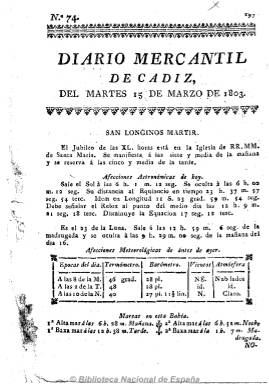
Título: Diario mercantil de Cádiz
Colección: Periódicos anteriores a 1850
Ámbito geográfico: Cádiz
Lugar de publicación: Cádiz
Fechas: 15/03/1803-13/08/1828

Fundado por José María de Lacroix, barón de la Bruère, que anteriormente había publicado en Cádiz El correo del postillón, y que en 1790 había obtenido asimismo privilegio real para editar el Diario de Valencia. Empieza a publicarse en noviembre de 1802, siendo un diario noticioso de contenidos mayoritariamente de carácter comercial, pero que da cabida también a algunos artículos de divulgación y doctrinales sobre letras de cambio, fletes, banca, impuestos, industria inglesa, etc. En números de cuatro páginas comienza con el clásico santoral y las afecciones meteorológicas y astronómicas, para proceder a continuación a ofrecer las “Noticias particulares de Cádiz”, con las mareas y llegadas y salidas de buques de la bahía de Cádiz, precios de los productos y de los diferentes géneros procedentes de Indias, dedicándole especial atención a los asuntos americanos, cambios de moneda, diversiones públicas (teatro, toros), avisos oficiales y particulares, variedades, así como otras noticias de las diferentes ciudades del Reino y extranjeras extractadas de otros periódicos. Entre 1804 y 1808, publicará un suplemento con el título Correo de las damas, para el que dedica los contenidos más literarios y recreativos.

Con el control de la mayor parte de Andalucía por el ejército napoleónico a partir de enero de 1808 y el inicio del periodo constituyente en la Isla de León, el diario se decantará al principio por el servilismo, obviando en sus páginas las sesiones de las Cortes, para después adherirse paulatinamente al campo liberal. Entre 1811 y 1814 adoptará su carácter más político y de opinión al reforzarse su redacción con Pablo de Jérica y Corta (1781-1841), que utiliza las iniciales P.J.Y.C., y Miguel Brickdale, que a través de sus textos satíricos atacarán a serviles y prensa absolutista. Durante esta época la secuencia de su numeración es caótica y se desconocen las circunstancias por las que cesa de publicarse el 15 de marzo de 1814.

El primero de septiembre de 1816, un habilidoso y conservador impresor, Esteban Picardo, reiniciará de nuevo su publicación con numeración nueva, convirtiéndolo de nuevo en un periódico de información comercial pero adscrito al absolutismo, y en 1818, será cuando el reaccionario Nicolás Böhl de Faber sostendrá en sus columnas su polémica con José Joaquín Mora en torno el movimiento romántico. Durante el trienio liberal (1820-1823) se mostrará moderado.

Tras el nuevo periodo constitucional, el diario vuelve de nuevo a su eminente carácter comercial, con ausencia total de artículos e información política, dando cabida asimismo a las órdenes, bandos y edictos emitidos por las autoridades, junto a sus noticias locales, de provincias y extranjeras.